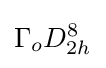
\Gamma _{o}D_{2h}^{8}